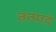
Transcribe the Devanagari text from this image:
तत्पादं